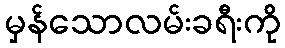
မှန်သောလမ်းခရီးကို